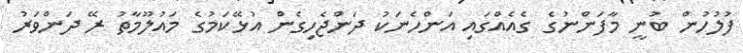
ފުލުހުން ބުނީ މާފަންނުގެ ގެއެއްގައި އަންހެނަކު ދަންޖެހިގެން އުޅޭކަމުގެ މައުލޫމާތު ރޭ ދަންވަރު